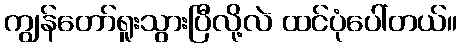
ကျွန်တော်ရူးသွားပြီလို့လဲ ထင်ပုံပေါ်တယ်။